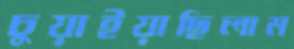
চুয়াইয়াছিলাম